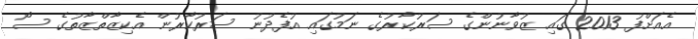
އެއަށްފު 2013 ގައި ޒުވާނުންގެ ސަރުކާރުގެ ނަމުގައި އުފެދުނު ސަރުކާރުން އެކިޒާތްޒާތުގެ ސޯ